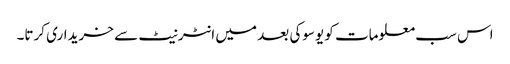
اس سب معلومات کو یوسوکی بعد میں انٹرنیٹ سے خریداری کرتا۔